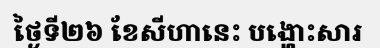
ថ្ងៃទី២៦ ខែសីហានេះ បង្ហោះសារ